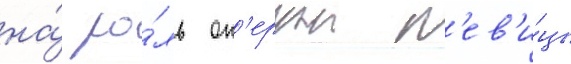
на́ ро́ль оп'ернои п'ев'и́цы